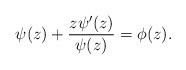
LaTeX: \begin{align*}\psi(z)+\frac{z\psi'(z)}{\psi(z)}=\phi(z).\end{align*}